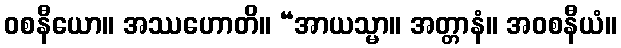
ဝစနီယော။ အဿဟောတိ။ “အာယသ္မာ။ အတ္တာနံ။ အဝစနီယံ။